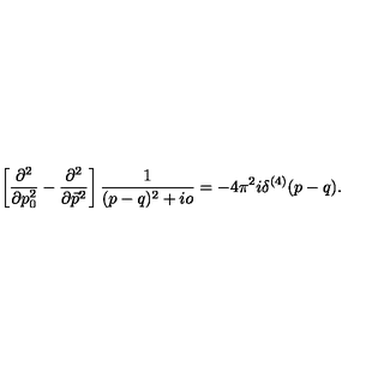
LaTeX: \left[ \frac { \partial ^ { 2 } } { \partial p _ { 0 } ^ { 2 } } - \frac { \partial ^ { 2 } } { \partial \vec { p } ^ { 2 } } \right] \frac { 1 } { ( p - q ) ^ { 2 } + i o } = - 4 \pi ^ { 2 } i \delta ^ { ( 4 ) } ( p - q ) .